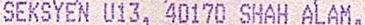
SEKSYEN U13, 40170 SHAH ALAM,